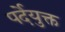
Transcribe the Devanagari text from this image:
पर्देयुक्त